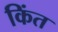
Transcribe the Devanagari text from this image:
किंत